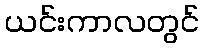
ယင်းကာလတွင်